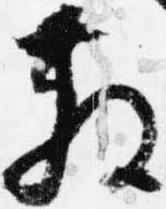
散